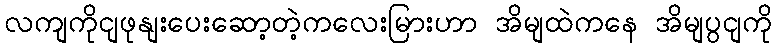
လကျကိုငျဖုနျးပေးဆော့တဲ့ကလေးမြားဟာ အိမျထဲကနေ အိမျပွငျကို